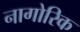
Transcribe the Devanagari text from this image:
नागोरिक